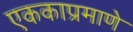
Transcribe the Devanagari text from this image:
एककाप्रमाणे